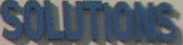
SOLUTIONS